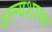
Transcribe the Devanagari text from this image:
शल्यशास्त्र